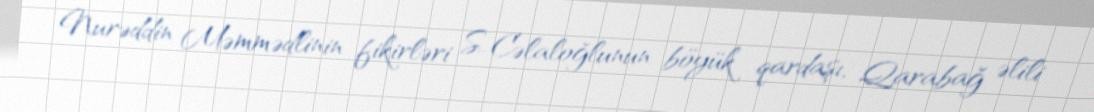
Nurəddin Məmmədlinin fikirləri S. Cəlaloğlunun böyük qardaşı, Qarabağ əlili